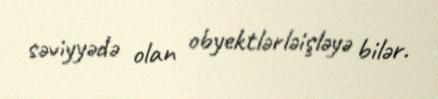
səviyyədə olan obyektlərləişləyə bilər.